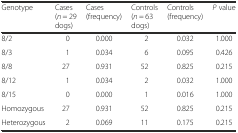
<table><thead><tr><td><b>Genotype</b></td><td><b>Cases (<i>n</i> = 29 dogs)</b></td><td><b>Cases (frequency)</b></td><td><b>Controls (<i>n</i> = 63 dogs)</b></td><td><b>Controls (frequency)</b></td><td><b><i>P</i> value</b></td></tr></thead><tbody><tr><td>8/2</td><td>0</td><td>0.000</td><td>2</td><td>0.032</td><td>1.000</td></tr><tr><td>8/3</td><td>1</td><td>0.034</td><td>6</td><td>0.095</td><td>0.426</td></tr><tr><td>8/8</td><td>27</td><td>0.931</td><td>52</td><td>0.825</td><td>0.215</td></tr><tr><td>8/12</td><td>1</td><td>0.034</td><td>2</td><td>0.032</td><td>1.000</td></tr><tr><td>8/15</td><td>0</td><td>0.000</td><td>1</td><td>0.016</td><td>1.000</td></tr><tr><td>Homozygous</td><td>27</td><td>0.931</td><td>52</td><td>0.825</td><td>0.215</td></tr><tr><td>Heterozygous</td><td>2</td><td>0.069</td><td>11</td><td>0.175</td><td>0.215</td></tr></tbody></table>